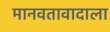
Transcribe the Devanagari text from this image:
मानवतावादाला